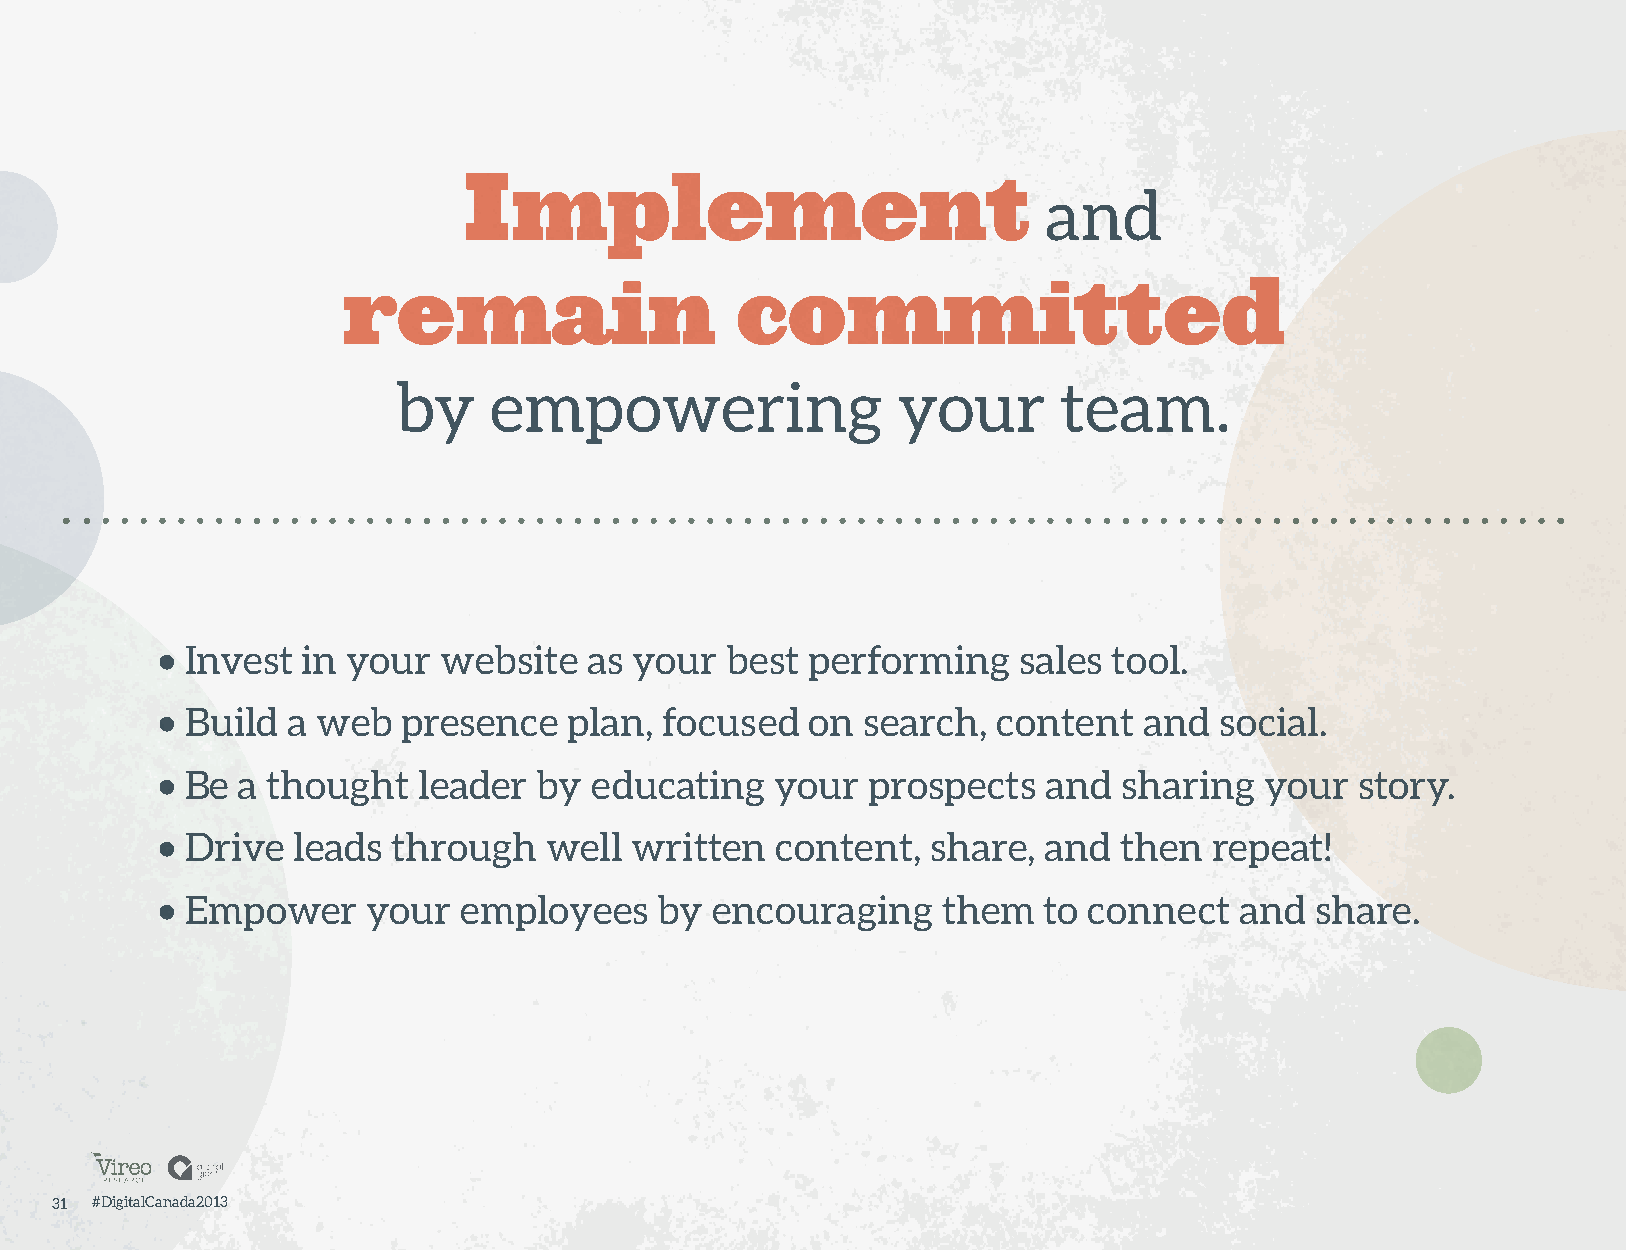
Implement                             and
 remain                    committed
 by    empowering                 your       team.
 • Invest  in your  website   as your  best performing    sales  tool.
 • Build  a web   presence   plan, focused   on search,  content   and  social.
 • Be  a thought   leader  by educating   your  prospects   and  sharing   your  story.
 • Drive  leads  through   well  written  content,   share, and  then  repeat!
 • Empower     your  employees    by  encouraging    them   to connect   and  share.
 31 #DigitalCanada2013